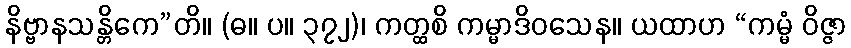
နိဗ္ဗာနသန္တိကေ”တိ။ (ဓ။ ပ။ ၃၇၂)၊ ကတ္ထစိ ကမ္မာဒိဝသေန။ ယထာဟ “ကမ္မံ ဝိဇ္ဇာ